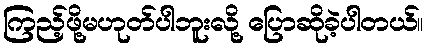
ကြည့်ဖို့မဟုတ်ပါဘူးလို့ ပြောဆိုခဲ့ပါတယ်။